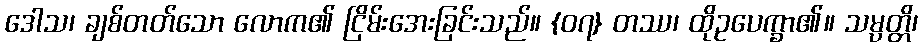
ဒေါသ၊ ချစ်တတ်သော လောက၏ ငြိမ်းအေးခြင်းသည်။ {၀၇} တဿ၊ ထိုဥပေက္ခာ၏။ သမ္ပတ္တိ၊